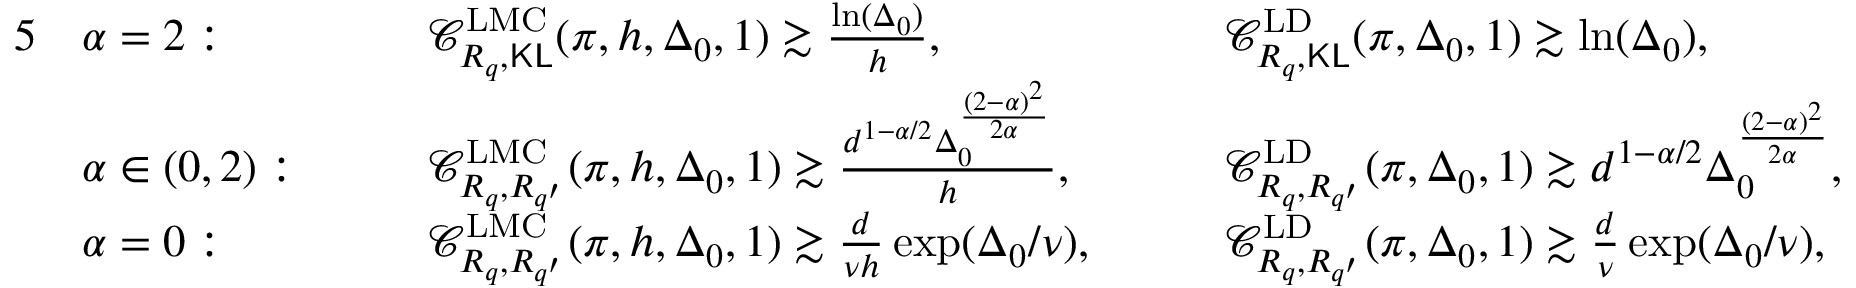
\begin{array} { r l r l r l } { { 5 } } & { \alpha = 2 : } & { \quad } & { \mathscr { C } _ { R _ { q } , \mathsf { K L } } ^ { \mathrm { L M C } } ( \pi , h , \Delta _ { 0 } , 1 ) \gtrsim \frac { \ln ( \Delta _ { 0 } ) } { h } , } & { \quad } & { \mathscr { C } _ { R _ { q } , \mathsf { K L } } ^ { \mathrm { L D } } ( \pi , \Delta _ { 0 } , 1 ) \gtrsim \ln ( \Delta _ { 0 } ) , } \\ & { \alpha \in ( 0 , 2 ) : } & { \quad } & { \mathscr { C } _ { R _ { q } , R _ { q ^ { \prime } } } ^ { \mathrm { L M C } } ( \pi , h , \Delta _ { 0 } , 1 ) \gtrsim \frac { d ^ { 1 - \alpha / 2 } \Delta _ { 0 } ^ { \frac { ( 2 - \alpha ) ^ { 2 } } { 2 \alpha } } } { h } , } & { \quad } & { \mathscr { C } _ { R _ { q } , R _ { q ^ { \prime } } } ^ { \mathrm { L D } } ( \pi , \Delta _ { 0 } , 1 ) \gtrsim d ^ { 1 - \alpha / 2 } \Delta _ { 0 } ^ { \frac { ( 2 - \alpha ) ^ { 2 } } { 2 \alpha } } , } \\ & { \alpha = 0 : } & { \quad } & { \mathscr { C } _ { R _ { q } , R _ { q ^ { \prime } } } ^ { \mathrm { L M C } } ( \pi , h , \Delta _ { 0 } , 1 ) \gtrsim \frac { d } { \nu h } \exp ( \Delta _ { 0 } / \nu ) , } & { \quad } & { \mathscr { C } _ { R _ { q } , R _ { q ^ { \prime } } } ^ { \mathrm { L D } } ( \pi , \Delta _ { 0 } , 1 ) \gtrsim \frac { d } { \nu } \exp ( \Delta _ { 0 } / \nu ) , } \end{array}